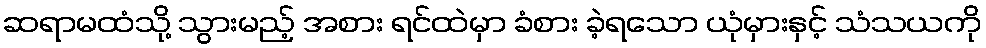
ဆရာမထံသို့ သွားမည့် အစား ရင်ထဲမှာ ခံစား ခဲ့ရသော ယုံမှားနှင့် သံသယကို